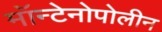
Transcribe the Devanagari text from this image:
मॉन्टेनोपोलीन